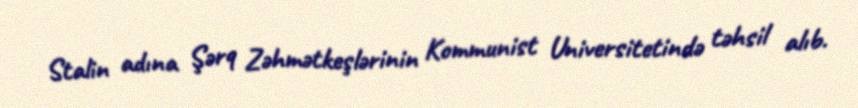
Stalin adına Şərq Zəhmətkeşlərinin Kommunist Universitetində təhsil alıb.